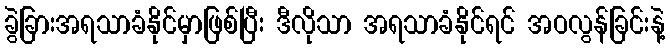
ခွဲခြားအရသာခံနိုင်မှာဖြစ်ပြီး ဒီလိုသာ အရသာခံနိုင်ရင် အဝလွန်ခြင်းနဲ့